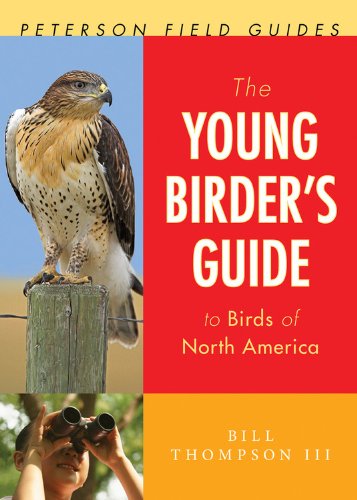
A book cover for The Young Birder's Guide to Birds of North America (Peterson Field Guides); Bill Thompson III; Science & Math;